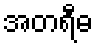
အတရီဓ